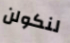
لنكولن